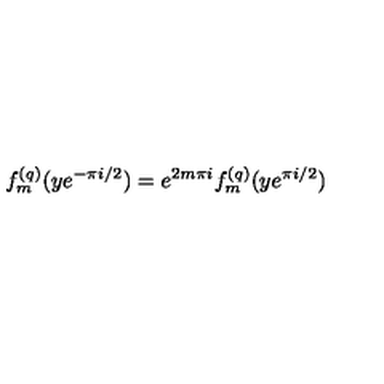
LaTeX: f _ { m } ^ { ( q ) } ( y e ^ { - \pi i / 2 } ) = e ^ { 2 m \pi i } f _ { m } ^ { ( q ) } ( y e ^ { \pi i / 2 } )